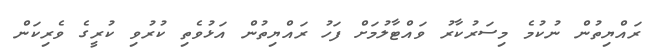
ރައްޔިތުން ނުކުމެ މިސަރުކާރު ވައްޓާލުމަށް ފަހު ރައްޔިތުން އަޅުވެތި ކުރުވި ކުރީގެ ވެރިކަން